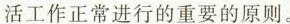
活工作正常进行的重要的原则。